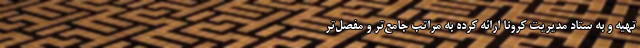
تهیه و به ستاد مدیریت کرونا ارائه کرده به مراتب جامع‌تر و مفصل‌تر